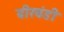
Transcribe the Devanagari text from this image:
बीरबंडी